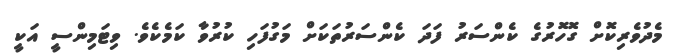
މެދުވެރިކޮށް ގޮހޮރުގެ ކެންސަރު ފަދަ ކެންސަރުތަކަށް މަގުފަހި ކުރުވާ ކަމެކެވެ. ވިޓަމިންސީ އަކީ